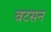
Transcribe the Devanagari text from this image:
वटसन